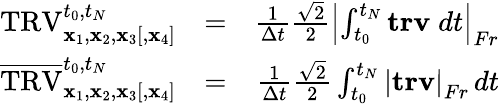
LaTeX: \begin{array}{rlr}{\mathrm{TRV}_{{\mathbf x}_{1},{\mathbf x}_{2},{\mathbf x}_{3}[,{\mathbf x}_{4}]}^{t_{0},t_{N}}}&{=}&{\frac{1}{\Delta t}\frac{\sqrt{2}}{2}\left|\int_{t_{0}}^{t_{N}}\mathbf{trv}\; dt\right|_{Fr}}\\ {\overline{{\mathrm{TRV}}}_{{\mathbf x}_{1},{\mathbf x}_{2},{\mathbf x}_{3}[,{\mathbf x}_{4}]}^{t_{0},t_{N}}}&{=}&{\frac{1}{\Delta t}\frac{\sqrt{2}}{2}\int_{t_{0}}^{t_{N}}\left|\mathbf{trv}\right|_{Fr}\, dt}\end{array}